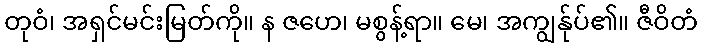
တုဝံ၊ အရှင်မင်းမြတ်ကို။ န ဇဟေ၊ မစွန့်ရာ။ မေ၊ အကျွန်ုပ်၏။ ဇီဝိတံ